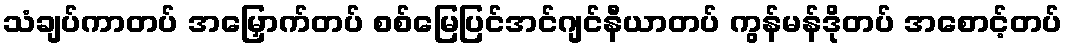
သံချပ်ကာတပ် အမြှောက်တပ် စစ်မြေပြင်အင်ဂျင်နီယာတပ် ကွန်မန်ဒိုတပ် အစောင့်တပ်